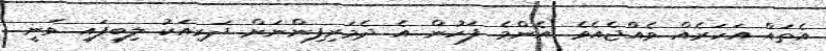
އެތައް އަހަރެއް ވެއްޖެއެވެ. އެންމެ ފަހުން އެ ދެމަރިފިންނަށް ދަރިއަކު ލިބިފައި ވަނީ